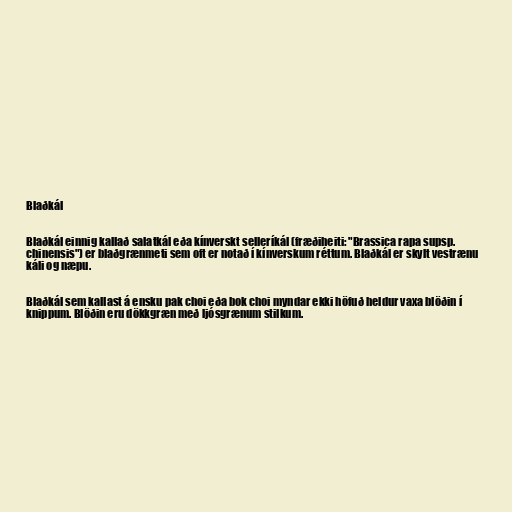
Blaðkál

Blaðkál einnig kallað salatkál eða kínverskt selleríkál (fræðiheiti: "Brassica rapa supsp.
chinensis") er blaðgrænmeti sem oft er notað í kínverskum réttum. Blaðkál er skylt vestrænu
káli og næpu.

Blaðkál sem kallast á ensku pak choi eða bok choi myndar ekki höfuð heldur vaxa blöðin í
knippum. Blöðin eru dökkgræn með ljósgrænum stilkum.